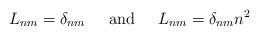
LaTeX: \begin{align*}L_{nm} = \delta_{nm} \;\;\;\;\; {\rm and} \;\;\;\;\;L_{nm} = \delta_{nm} n^2\end{align*}